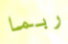
ربما